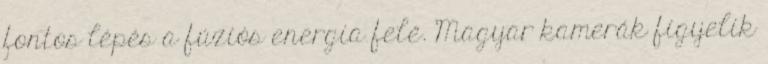
fontos lépés a fúziós energia felé. Magyar kamerák figyelik